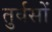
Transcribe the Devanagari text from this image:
तुर्वसों